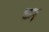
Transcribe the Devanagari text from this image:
घ्न